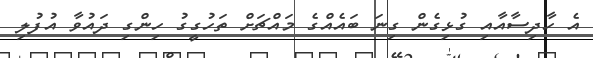
އެ ހާދިސާއާއި ގުޅިގެން ގިނަ ބައެއްގެ މައްޗަށް ތަހުގީގު ހިންގި ދައުވާ އުފުލި